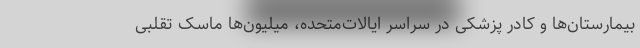
بیمارستان‌ها و کادر پزشکی در سراسر ایالات‌متحده، میلیون‌ها ماسک تقلبی